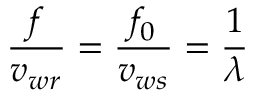
{ \frac { f } { v _ { w r } } } = { \frac { f _ { 0 } } { v _ { w s } } } = { \frac { 1 } { \lambda } }